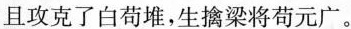
且攻克了白苟堆，生擒梁将苟元广。